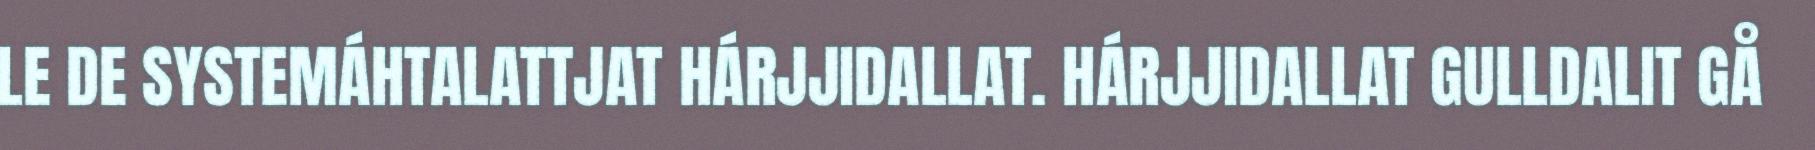
LE DE SYSTEMÁHTALATTJAT HÁRJJIDALLAT. HÁRJJIDALLAT GULLDALIT GÅ